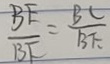
\frac { B E } { B F } = \frac { B C } { B E }